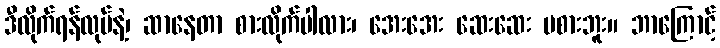
ဒီလိုက်ရန်လုပ်နဲ့၊ ဆာနေတာ စားလိုက်ပါလား၊ အေးအေး ဆေးဆေး မစားဘူး။ ဘာကြောင့်